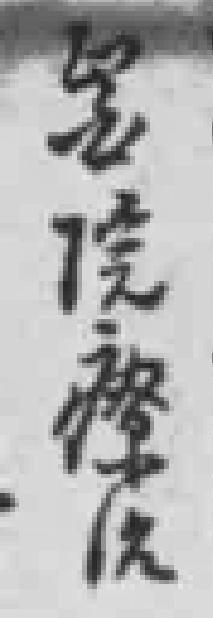
*院療治